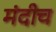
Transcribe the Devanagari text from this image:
मंदीच